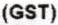
(GST)